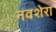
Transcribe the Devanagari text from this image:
नवशेरा